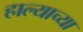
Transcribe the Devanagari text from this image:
हाल्याच्या